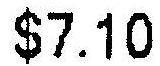
$7.10